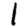
Digit: 1